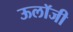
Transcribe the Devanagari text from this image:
ऊलॉजी